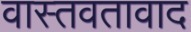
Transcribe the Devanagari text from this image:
वास्तवतावाद